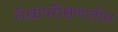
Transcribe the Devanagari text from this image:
लेखापरीक्षणातील